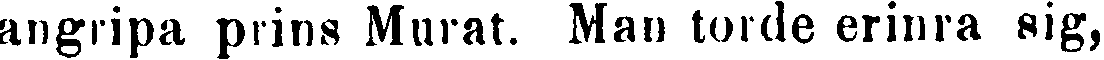
angripa prins Murat. Man torde erinra sig,